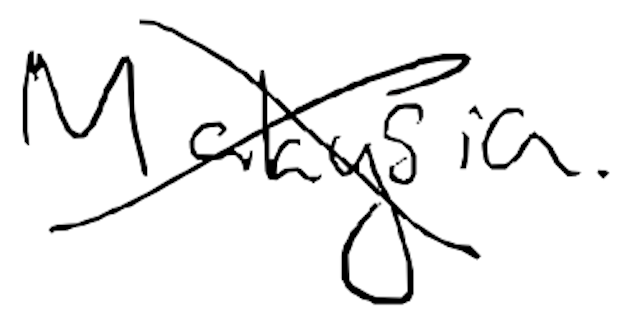
Text: Malaysia.
Cross-out: cross
Writing tool: digital_black